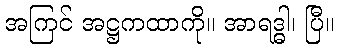
အကြင် အဋ္ဌကထာကို။ အာရဒ္ဓါ၊ ပြီ။